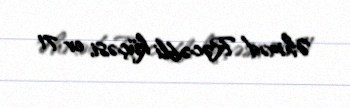
Əhməd Rəcəbli küçəsi, ev 71